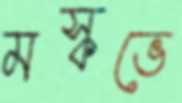
মস্কভে